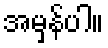
အမှန်ပါ။